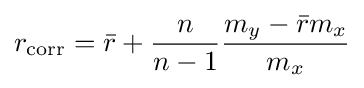
r_{\mathrm {corr} }={\bar {r}}+{\frac {n}{n-1}}{\frac {m_{y}-{\bar {r}}m_{x}}{m_{x}}}